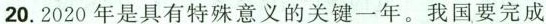
20.2020年是具有特殊意义的关键一年。我国要完成